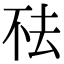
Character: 𬻛